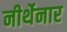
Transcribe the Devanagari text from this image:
नीर्थेनार